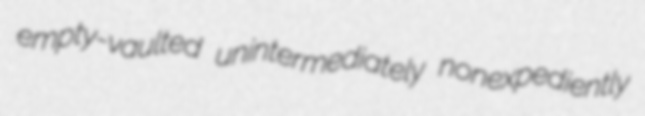
empty-vaulted unintermediately nonexpediently